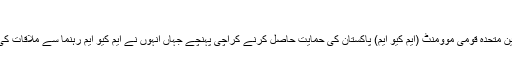
فوٹو/ اسکرین گریب نیو نیوز
کراچی: وفاق میں حکومت سازی کیلئے پاکستان تحریک انصاف کے رہنما جہانگیر ترین متحدہ قومی موومنٹ (ایم کیو ایم) پاکستان کی حمایت حاصل کرنے کراچی پہنچے جہاں انہوں نے ایم کیو ایم رہنما سے ملاقات کی تاہم ایم کیو ایم نے حمایت کرنے یا نہ کرنے کا فیصلہ رابطہ کمیٹی کے سپرد کر دیا۔